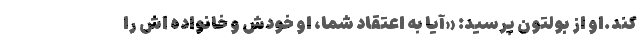
کند.او از بولتون پرسید: «آیا به اعتقاد شما، او خودش و خانواده اش را